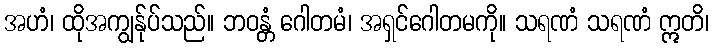
အဟံ၊ ထိုအကျွန်ုပ်သည်။ ဘဝန္တံ ဂေါတမံ၊ အရှင်ဂေါတမကို။ သရဏံ သရဏံ ဣတိ၊